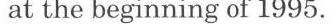
at the beginning of 1995.